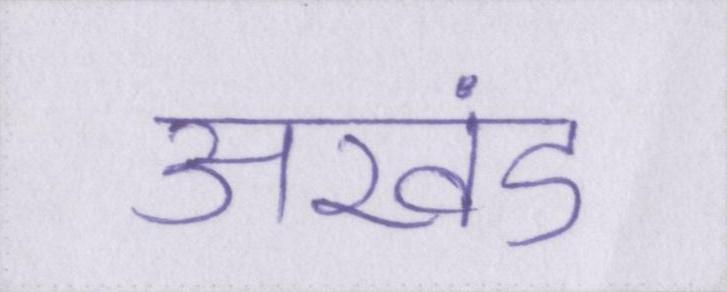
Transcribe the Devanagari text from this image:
अखंड